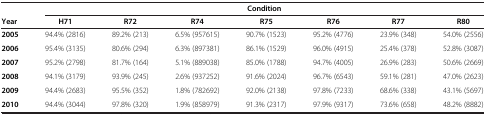
<table><thead><tr><td><b> </b></td><td colspan="7"><b>Condition</b></td></tr><tr><td><b>Year</b></td><td><b>H71</b></td><td><b>R72</b></td><td><b>R74</b></td><td><b>R75</b></td><td><b>R76</b></td><td><b>R77</b></td><td><b>R80</b></td></tr></thead><tbody><tr><td><b>2005</b></td><td>94.4% (2816)</td><td>89.2% (213)</td><td>6.5% (957615)</td><td>90.7% (1523)</td><td>95.2% (4776)</td><td>23.9% (348)</td><td>54.0% (2556)</td></tr><tr><td><b>2006</b></td><td>95.4% (3135)</td><td>80.6% (294)</td><td>6.3% (897381)</td><td>86.1% (1529)</td><td>96.0% (4915)</td><td>25.4% (378)</td><td>52.8% (3087)</td></tr><tr><td><b>2007</b></td><td>95.2% (2798)</td><td>81.7% (164)</td><td>5.1% (889038)</td><td>85.0% (1788)</td><td>94.7% (4005)</td><td>26.9% (283)</td><td>50.6% (2669)</td></tr><tr><td><b>2008</b></td><td>94.1% (3179)</td><td>93.9% (245)</td><td>2.6% (937252)</td><td>91.6% (2024)</td><td>96.7% (6543)</td><td>59.1% (281)</td><td>47.0% (2623)</td></tr><tr><td><b>2009</b></td><td>94.4% (2683)</td><td>95.5% (352)</td><td>1.8% (782692)</td><td>92.0% (2138)</td><td>97.8% (7233)</td><td>68.6% (338)</td><td>43.1% (5697)</td></tr><tr><td><b>2010</b></td><td>94.4% (3044)</td><td>97.8% (320)</td><td>1.9% (858979)</td><td>91.3% (2317)</td><td>97.9% (9317)</td><td>73.6% (658)</td><td>48.2% (8882)</td></tr></tbody></table>